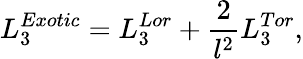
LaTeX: L_{3}^{Exotic}=L_{3}^{Lor}+\frac{2}{l^{2}}L_{3}^{Tor},